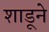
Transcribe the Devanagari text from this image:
शाडूने